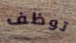
توظف